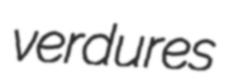
verdures